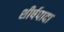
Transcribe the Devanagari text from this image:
शीर्षपादा